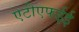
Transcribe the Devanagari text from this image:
एटीएफईई